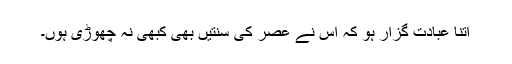
اتنا عبادت گزار ہو کہ اس نے عصر کی سنتیں بھی کبھی نہ چھوڑی ہوں۔